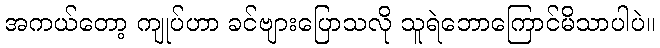
အကယ်တော့ ကျုပ်ဟာ ခင်ဗျားပြောသလို သူရဲဘောကြောင်မိသာပါပဲ။